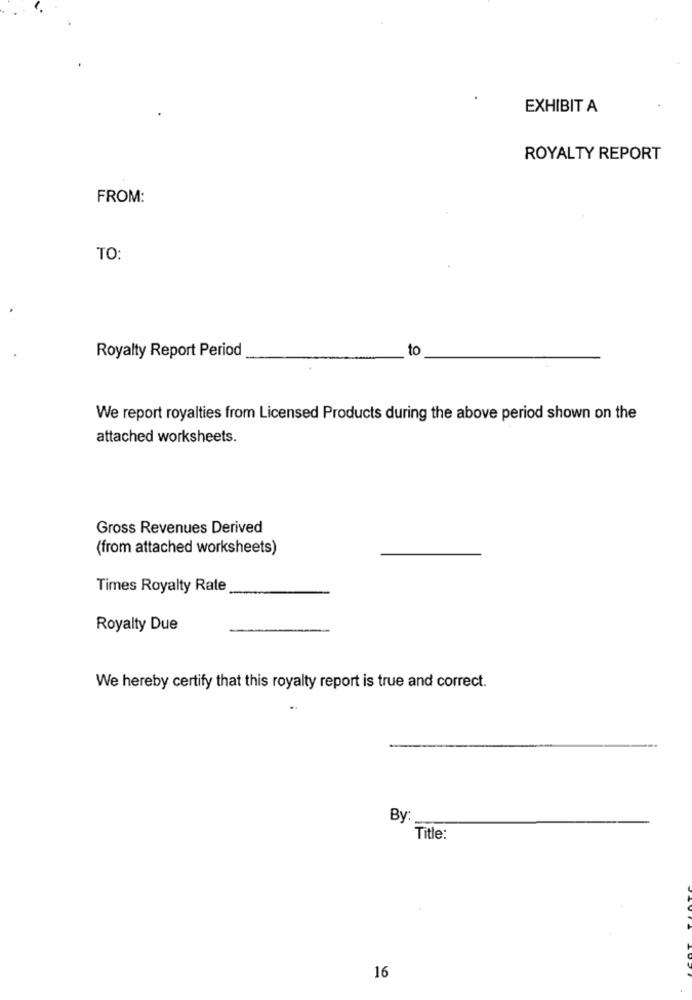
EXHIBIT A
ROYALTY REPORT
FROM:
TO:
to
Royalty Report Period
We report royalties from Licensed Products during the above period shown on the
attached worksheets.
Gross Revenues Derived
(from attached worksheets)
Times Royalty Rate
Royalty Due
We hereby certify that this royalty report is true and correct.
By
Title:
16